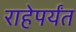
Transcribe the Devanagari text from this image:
राहेपर्यंत